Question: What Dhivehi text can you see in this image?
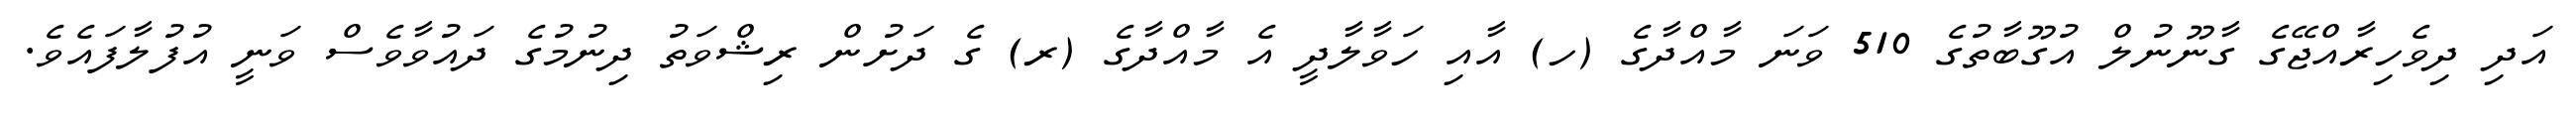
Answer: އަދި ދިވެހިރާއްޖޭގެ ގާނޫނުލް އުގޫބާތުގެ 510 ވަނަ މާއްދާގެ (ހ) އާއި ހަވާލާދީ އެ މާއްދާގެ (ރ) ގެ ދަށުން ރިޝްވަތު ދިނުމުގެ ދައުވާވެސް ވަނީ އުފުލާފައެވެ.